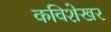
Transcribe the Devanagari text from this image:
कविशेखर